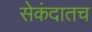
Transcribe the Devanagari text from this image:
सेकंदातच